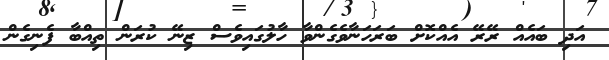
އަދި ބައެއް ރޭރޭ އެއްކޮށް ބަރަހަނާވެގެންވާ ހާލުގައިވެސް ޒިނޭ ކުރަން ތިއްބާ ފެނިގެން